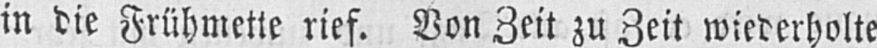
in die Frühmette rief. Von Zeit zu Zeit wiederholte